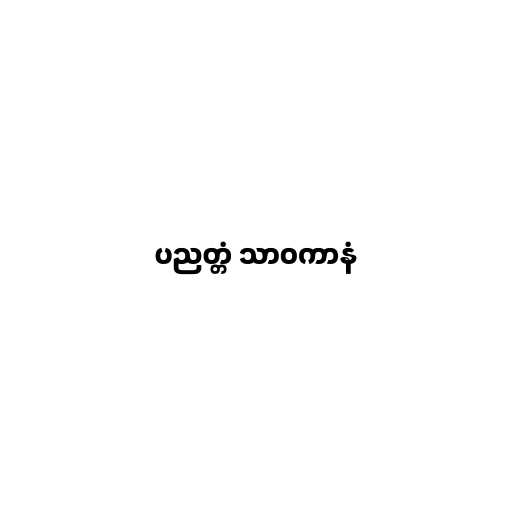
ပညတ္တံ သာဝကာနံ